Vaccination in Bombay 1863-1868 - 1863-1868
Year: 1863
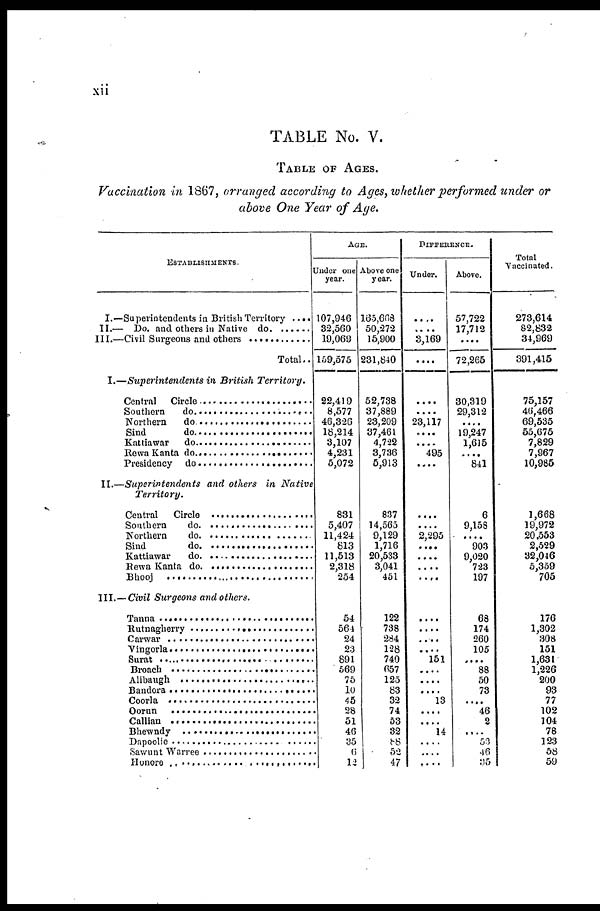
xii
TABLE No. V.
TABLE OF AGES.
Vaccination in 1867, arranged according to Ages, whether performed under or
above One Year of Age.
ESTABLISHMENTS.
I.—Superintendents in British Territory ....
II.— Do. and other in Native do. ......
III.— Civil Surgeons and others .............
Total..
I.—Superintendents in British
Territory.
Central Circle ..............................
Southern do ..........................
Northern do .........................
Sind do .......................
Kattiawar do .........................
Rewa Kanta do .........................
Presidency do ...............................
II.—Superintendents and others in Native
Territory.
Central Circle .......................
Southern do ..........................
Northern do .........................
Sind do .......................
Kattiawar do .........................
Rewa Kanta do .........................
Booj ..................................
III.—Civil Surgeons and others.
Tanna ............................
Rutnagherry .........................
Carwar ..........................
Vingorla .............................
Surat ................................
Broach ...............................
Alibaugh ...........................
Bandora ..........................
Coorla .................................
Oorun ........................
Callian .........................
Bhewndy ........................
Dapoolie .........................
Sawunt Warree ..........................
Honore ...............................
AGE.
Under one
year.
107,946
32,560
19,069
159,575
22,419
8,577
46,326
18,214
3,107
4,231
5,072
831
5,407
11,424
813
11,513
2,318
254
54
561
24
23
891
569
75
10
45
28
51
46
35
6
12
Above one
year.
165,668
50,272
15,900
231,840
52,738
37,889
23,209
37,461
4,722
3,736
5,913
837
14,565
9,129
1,716
20,533
3,041
451
122
738
264
128
740
657
125
83
32
74
53
32
88
52
47
DIFFERENCE.
Under.
....
....
3,169
....
....
....
23,117
.....
....
495
....
....
....
2,295
....
....
....
....
....
....
....
....
151
....
....
....
13
....
....
14
....
....
....
Above.
57,722
17,712
....
72,265
30,319
29,312
....
19,247
1,615
....
841
6
9,158
....
903
9,020
723
197
68
174
260
105
....
88
50
73
....
46
2
....
53
46
35
Total
Vaccinated.
273,614
82,832
34,969
391,415
75,157
46,466
69,535
55,675
7,829
7,967
10,985
1,668
19,972
20,553
2,529
32,046
5,359
705
176
1,302
308
151
1,631
1,226
200
93
77
102
104
78
123
58
59